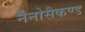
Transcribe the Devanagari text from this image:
नैनोसैकण्ड